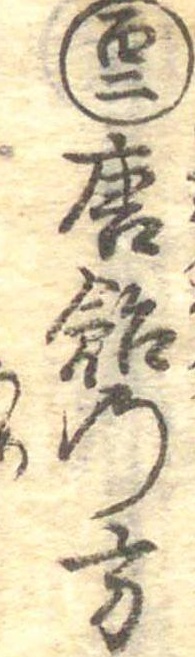
百二唐飴の方